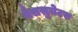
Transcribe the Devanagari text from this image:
मैससुचेटस